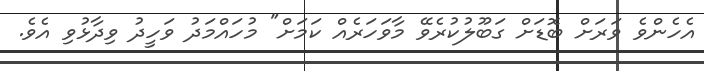
އެހެންވެ ވަރަށް ބޮޑަށް ގަބޫލުކުރެވޭ މާވަހަރެއް ކަމަށް" މުހައްމަދު ވަހީދު ވިދާޅުވި އެވެ.